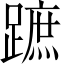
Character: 蹠